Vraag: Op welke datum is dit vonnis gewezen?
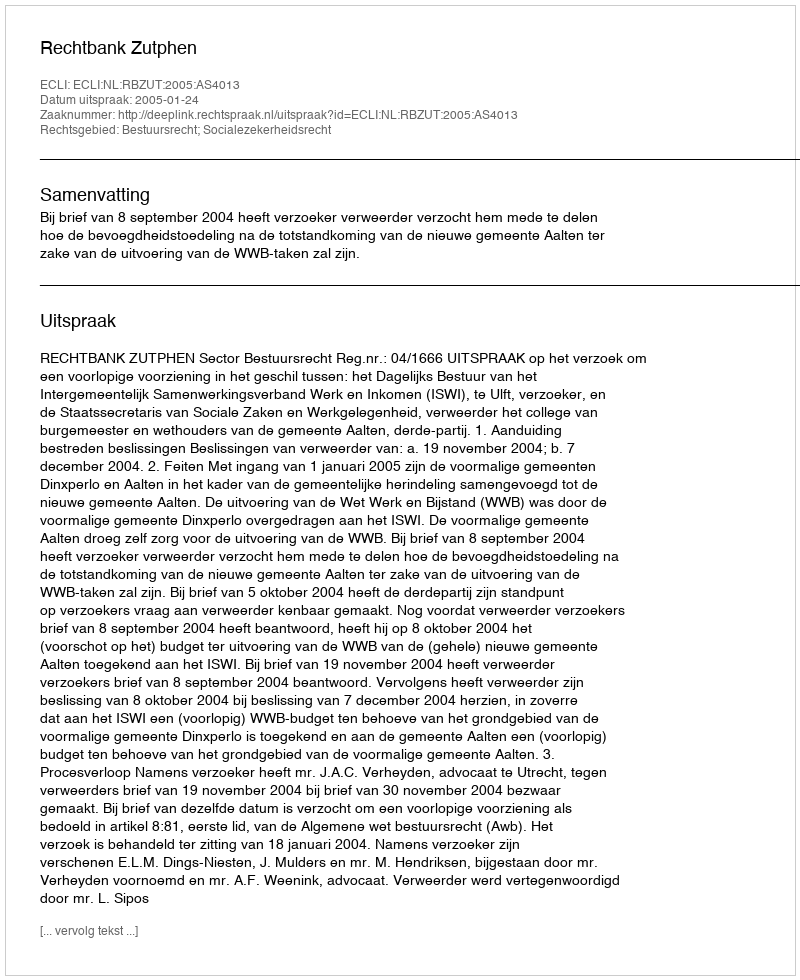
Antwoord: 2005-01-24